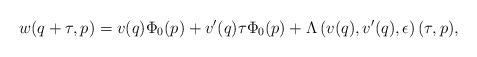
LaTeX: \begin{align*} w(q+\tau,p)=v(q)\Phi_{0}(p)+v'(q)\tau\Phi_{0}(p)+\Lambda\left(v(q),v'(q),\epsilon\right)(\tau,p), \end{align*}